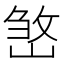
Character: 𡺧